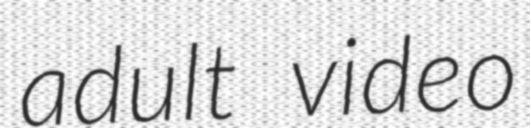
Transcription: adult video